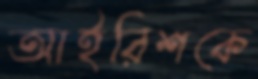
আইরিশকে